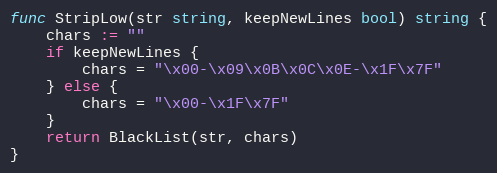
Language: Go
func StripLow(str string, keepNewLines bool) string {
	chars := ""
	if keepNewLines {
		chars = "\x00-\x09\x0B\x0C\x0E-\x1F\x7F"
	} else {
		chars = "\x00-\x1F\x7F"
	}
	return BlackList(str, chars)
}